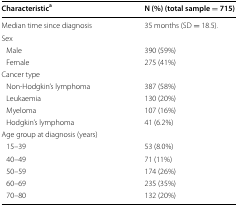
<table><thead><tr><td><b>Characteristic<sup>a</sup></b></td><td><b>N (%) (total sample = 715)</b></td></tr></thead><tbody><tr><td>Median time since diagnosis</td><td>35 months (SD = 18.5).</td></tr><tr><td colspan="2">Sex</td></tr><tr><td> Male</td><td>390 (59%)</td></tr><tr><td> Female</td><td>275 (41%)</td></tr><tr><td colspan="2">Cancer type</td></tr><tr><td> Non-Hodgkin’s lymphoma</td><td>387 (58%)</td></tr><tr><td> Leukaemia</td><td>130 (20%)</td></tr><tr><td> Myeloma</td><td>107 (16%)</td></tr><tr><td> Hodgkin’s lymphoma</td><td>41 (6.2%)</td></tr><tr><td colspan="2">Age group at diagnosis (years)</td></tr><tr><td> 15–39</td><td>53 (8.0%)</td></tr><tr><td> 40–49</td><td>71 (11%)</td></tr><tr><td> 50–59</td><td>174 (26%)</td></tr><tr><td> 60–69</td><td>235 (35%)</td></tr><tr><td> 70–80</td><td>132 (20%)</td></tr></tbody></table>